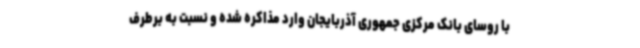
با روسای بانک مرکزی جمهوری آذربایجان وارد مذاکره شده و نسبت به برطرف